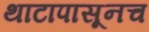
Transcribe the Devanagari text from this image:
थाटापासूनच